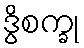
ဒွိစက္ခု